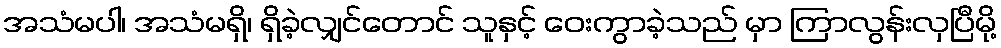
အသံမပါ၊ အသံမရှိ၊ ရှိခဲ့လျှင်တောင် သူနှင့် ဝေးကွာခဲ့သည် မှာ ကြာလွန်းလှပြီမို့